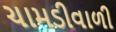
ચામડીવાળી